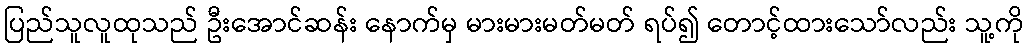
ပြည်သူလူထုသည် ဦးအောင်ဆန်း နောက်မှ မားမားမတ်မတ် ရပ်၍ တောင့်ထားသော်လည်း သူ့ကို